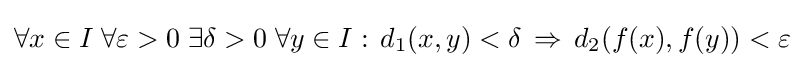
\forall x\in I\;\forall \varepsilon >0\;\exists \delta >0\;\forall y\in I:\,d_{1}(x,y)<\delta \,\Rightarrow \,d_{2}(f(x),f(y))<\varepsilon